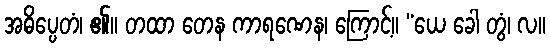
အဓိပ္ပေတံ၊ ၏။ တထာ တေန ကာရဏေန၊ ကြောင့်။ “ယေ ခေါ တွံ၊ လ။